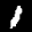
Label: 1